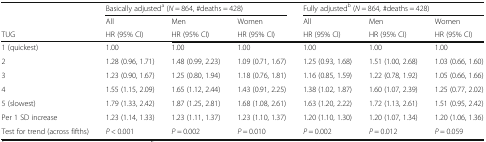
<table><thead><tr><td rowspan="2"></td><td colspan="3"><b>Basically adjusted<sup>a</sup> (<i>N</i> = 864, #deaths = 428)</b></td><td colspan="3"><b>Fully adjusted<sup>b</sup> (<i>N</i> = 864, #deaths = 428)</b></td></tr><tr><td><b>All</b></td><td><b>Men</b></td><td><b>Women</b></td><td><b>All</b></td><td><b>Men</b></td><td><b>Women</b></td></tr><tr><td><b>TUG</b></td><td><b>HR (95% CI)</b></td><td><b>HR (95% CI)</b></td><td><b>HR (95% CI)</b></td><td><b>HR (95% CI)</b></td><td><b>HR (95% CI)</b></td><td><b>HR (95% CI)</b></td></tr></thead><tbody><tr><td>1 (quickest)</td><td>1.00</td><td>1.00</td><td>1.00</td><td>1.00</td><td>1.00</td><td>1.00</td></tr><tr><td>2</td><td>1.28 (0.96, 1.71)</td><td>1.48 (0.99, 2.23)</td><td>1.09 (0.71, 1.67)</td><td>1.25 (0.93, 1.68)</td><td>1.51 (1.00, 2.68)</td><td>1.03 (0.66, 1.60)</td></tr><tr><td>3</td><td>1.23 (0.90, 1.67)</td><td>1.25 (0.80, 1.94)</td><td>1.18 (0.76, 1.81)</td><td>1.16 (0.85, 1.59)</td><td>1.22 (0.78, 1.92)</td><td>1.05 (0.66, 1.66)</td></tr><tr><td>4</td><td>1.55 (1.15, 2.09)</td><td>1.65 (1.12, 2.44)</td><td>1.43 (0.91, 2.25)</td><td>1.38 (1.02, 1.87)</td><td>1.60 (1.07, 2.39)</td><td>1.25 (0.77, 2.02)</td></tr><tr><td>5 (slowest)</td><td>1.79 (1.33, 2.42)</td><td>1.87 (1.25, 2.81)</td><td>1.68 (1.08, 2.61)</td><td>1.63 (1.20, 2.22)</td><td>1.72 (1.13, 2.61)</td><td>1.51 (0.95, 2.42)</td></tr><tr><td>Per 1 SD increase</td><td>1.23 (1.14, 1.33)</td><td>1.23 (1.11, 1.37)</td><td>1.23 (1.10, 1.37)</td><td>1.20 (1.10, 1.30)</td><td>1.20 (1.07, 1.34)</td><td>1.20 (1.06, 1.36)</td></tr><tr><td>Test for trend (across fifths)</td><td><i>P</i> &lt; 0.001</td><td><i>P</i> = 0.002</td><td><i>P</i> = 0.010</td><td><i>P</i> = 0.002</td><td><i>P</i> = 0.012</td><td><i>P</i> = 0.059</td></tr></tbody></table>